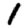
Digit: 1